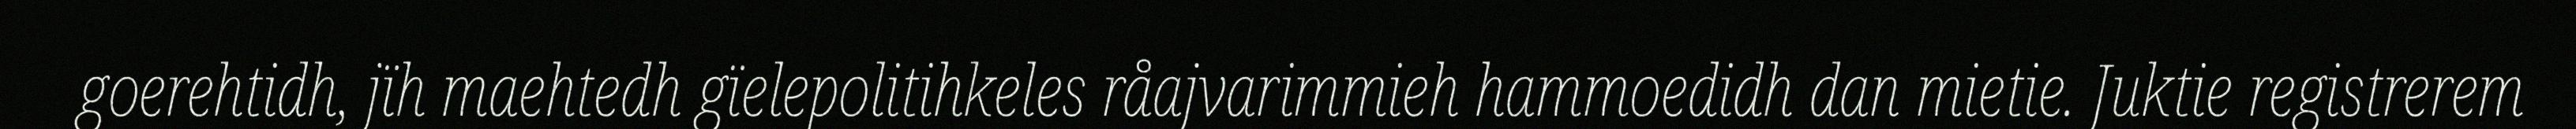
goerehtidh, jïh maehtedh gïelepolitihkeles råajvarimmieh hammoedidh dan mietie. Juktie registrerem